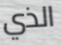
الذي